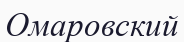
Омаровский